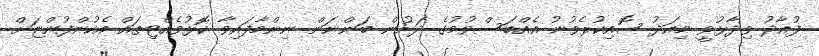
ފުއާދު ވިދާޅުވީ މިއަދު ސޮއިކުރެވުނު އެއްބަސްވުމުގެ ދަށުން ބަންނަން ނިންމާފައިވާ ކޮޅުވެއްޓިތައް އެކުންފުންޏަށް